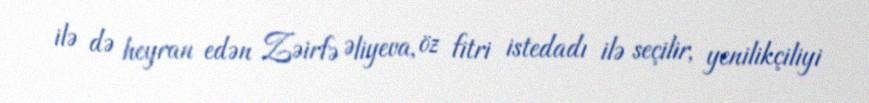
ilə də heyran edən Zəirfə Əliyeva, öz fitri istedadı ilə seçilir, yenilikçiliyi